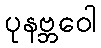
ပုနဗ္ဘဝေါ